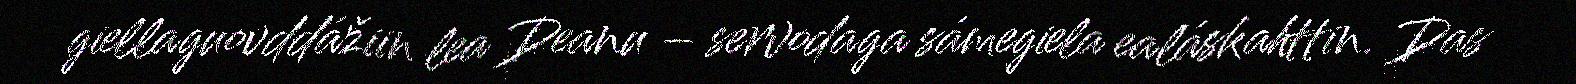
giellaguovddážiin lea Deanu – servodaga sámegiela ealáskahttin. Das